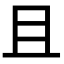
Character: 且